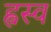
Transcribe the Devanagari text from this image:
ह्वस्व